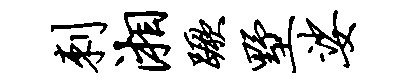
刺湘蹶墅娑